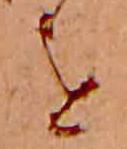
を